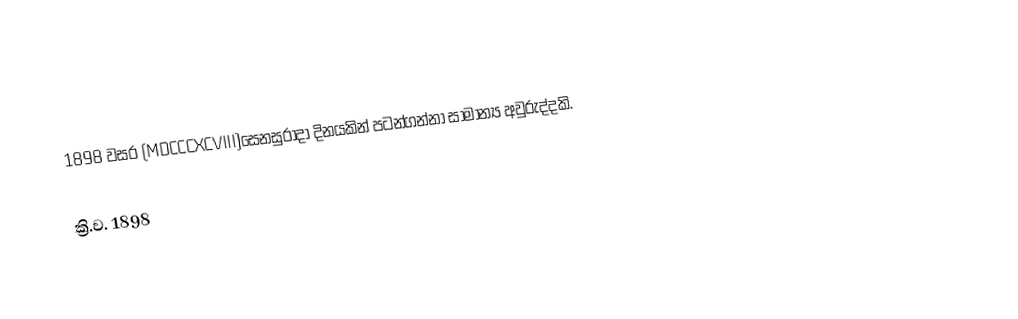
1898 වසර (MDCCCXCVIII)සෙනසුරාදා දිනයකින් පටන්ගන්නා සාමාන්‍ය අවුරුද්දකි.

ක්‍රි.ව. 1898